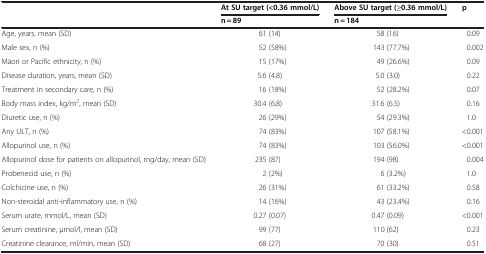
<table><thead><tr><td rowspan="2"><b> </b></td><td><b>At SU target (&lt;0.36 mmol/L)</b></td><td><b>Above SU target (≥0.36 mmol/L)</b></td><td rowspan="2"><b>p</b></td></tr><tr><td><b>n = 89</b></td><td><b>n = 184</b></td></tr></thead><tbody><tr><td>Age, years, mean (SD)</td><td>61 (14)</td><td>58 (16)</td><td>0.09</td></tr><tr><td>Male sex, n (%)</td><td>52 (58%)</td><td>143 (77.7%)</td><td>0.002</td></tr><tr><td>Māori or Pacific ethnicity, n (%)</td><td>15 (17%)</td><td>49 (26.6%)</td><td>0.09</td></tr><tr><td>Disease duration, years, mean (SD)</td><td>5.6 (4.8)</td><td>5.0 (3.0)</td><td>0.22</td></tr><tr><td>Treatment in secondary care, n (%)</td><td>16 (18%)</td><td>52 (28.2%)</td><td>0.07</td></tr><tr><td>Body mass index, kg/m<sup>2</sup>, mean (SD)</td><td>30.4 (6.8)</td><td>31.6 (6.5)</td><td>0.16</td></tr><tr><td>Diuretic use, n (%)</td><td>26 (29%)</td><td>54 (29.3%)</td><td>1.0</td></tr><tr><td>Any ULT, n (%)</td><td>74 (83%)</td><td>107 (58.1%)</td><td>&lt;0.001</td></tr><tr><td>Allopurinol use, n (%)</td><td>74 (83%)</td><td>103 (56.0%)</td><td>&lt;0.001</td></tr><tr><td>Allopurinol dose for patients on allopurinol, mg/day, mean (SD)</td><td>235 (87)</td><td>194 (98)</td><td>0.004</td></tr><tr><td>Probenecid use, n (%)</td><td>2 (2%)</td><td>6 (3.2%)</td><td>1.0</td></tr><tr><td>Colchicine use, n (%)</td><td>26 (31%)</td><td>61 (33.2%)</td><td>0.58</td></tr><tr><td>Non-steroidal anti-inflammatory use, n (%)</td><td>14 (16%)</td><td>43 (23.4%)</td><td>0.16</td></tr><tr><td>Serum urate, mmol/L, mean (SD)</td><td>0.27 (0.07)</td><td>0.47 (0.09)</td><td>&lt;0.001</td></tr><tr><td>Serum creatinine, μmol/l, mean (SD)</td><td>99 (77)</td><td>110 (62)</td><td>0.23</td></tr><tr><td>Creatinine clearance, ml/min, mean (SD)</td><td>68 (27)</td><td>70 (30)</td><td>0.51</td></tr></tbody></table>